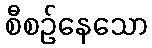
စီစဉ်နေသော